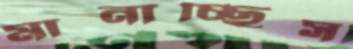
মানাচ্ছিস